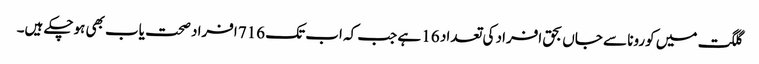
گلگت میں کورونا سے جاں بحق افراد کی تعداد 16 ہے جب کہ اب تک 716 افراد صحت یاب بھی ہوچکے ہیں۔